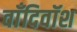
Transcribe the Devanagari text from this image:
वाँदिवॉश